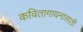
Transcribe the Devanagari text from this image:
कवितागायनासाठी